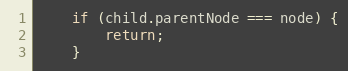
Language: JavaScript
    if (child.parentNode === node) {
        return;
    }